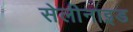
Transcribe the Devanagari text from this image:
सेलीनाइड